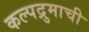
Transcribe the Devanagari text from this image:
कल्पद्रुमाची